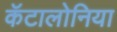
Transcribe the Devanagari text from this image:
कॅटालोनिया